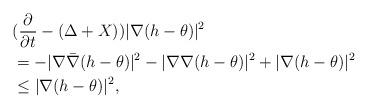
LaTeX: \begin{align*}&(\frac{\partial}{\partial t}-(\Delta+X))|\nabla(h-\theta)|^2\\&=-|\nabla \bar{\nabla}(h-\theta)|^2-|\nabla\nabla(h-\theta)|^2+|\nabla(h-\theta)|^2\\&\le |\nabla(h-\theta)|^2,\end{align*}